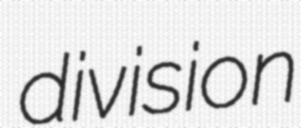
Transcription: division